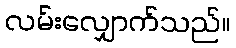
လမ်းလျှောက်သည်။